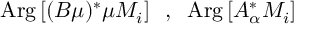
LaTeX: \mathrm { A r g } \left[ ( B \mu ) ^ { * } \mu M _ { i } \right] \; \; , \; \; \mathrm { A r g } \left[ A _ { \alpha } ^ { * } M _ { i } \right]